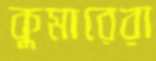
কুমারেরা